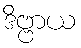
ဒိဗ္ဗာယ